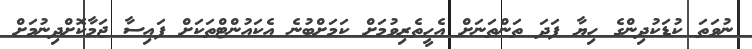
ނުވަތަ ކުޑަކުދިންގެ ހިޔާ ފަދަ ތަންތަނަށް އެހީތެރިވުމަށް ކަމަށްބުނެ އެކައުންޓްތަކަށް ފައިސާ ޖަމާކޮށްދިނުމަށް